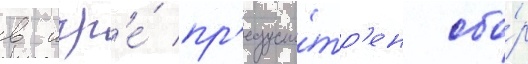
в игр'е́ пр'едусмо́тр'ен сбо́р